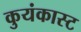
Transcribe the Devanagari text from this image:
कुयंकास्ट